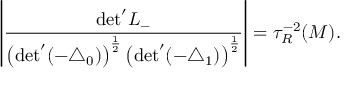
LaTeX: \left| \frac { \mathrm { d e t } ^ { \prime } L _ { - } } { \left( \mathrm { d e t } ^ { \prime } ( - { \triangle } _ { 0 } ) \right) ^ { \frac { 1 } { 2 } } \left( \mathrm { d e t } ^ { \prime } ( - { \triangle } _ { 1 } ) \right) ^ { \frac { 1 } { 2 } } } \right| = { \tau } _ { R } ^ { - 2 } ( { \cal M } ) .